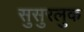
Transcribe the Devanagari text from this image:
सुसुरलुक